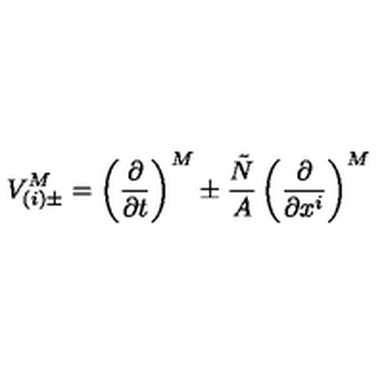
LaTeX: V _ { ( i ) \pm } ^ { M } = \left( \frac { \partial } { \partial t } \right) ^ { M } \pm \frac { \tilde { N } } { A } \left( \frac { \partial } { \partial x ^ { i } } \right) ^ { M }